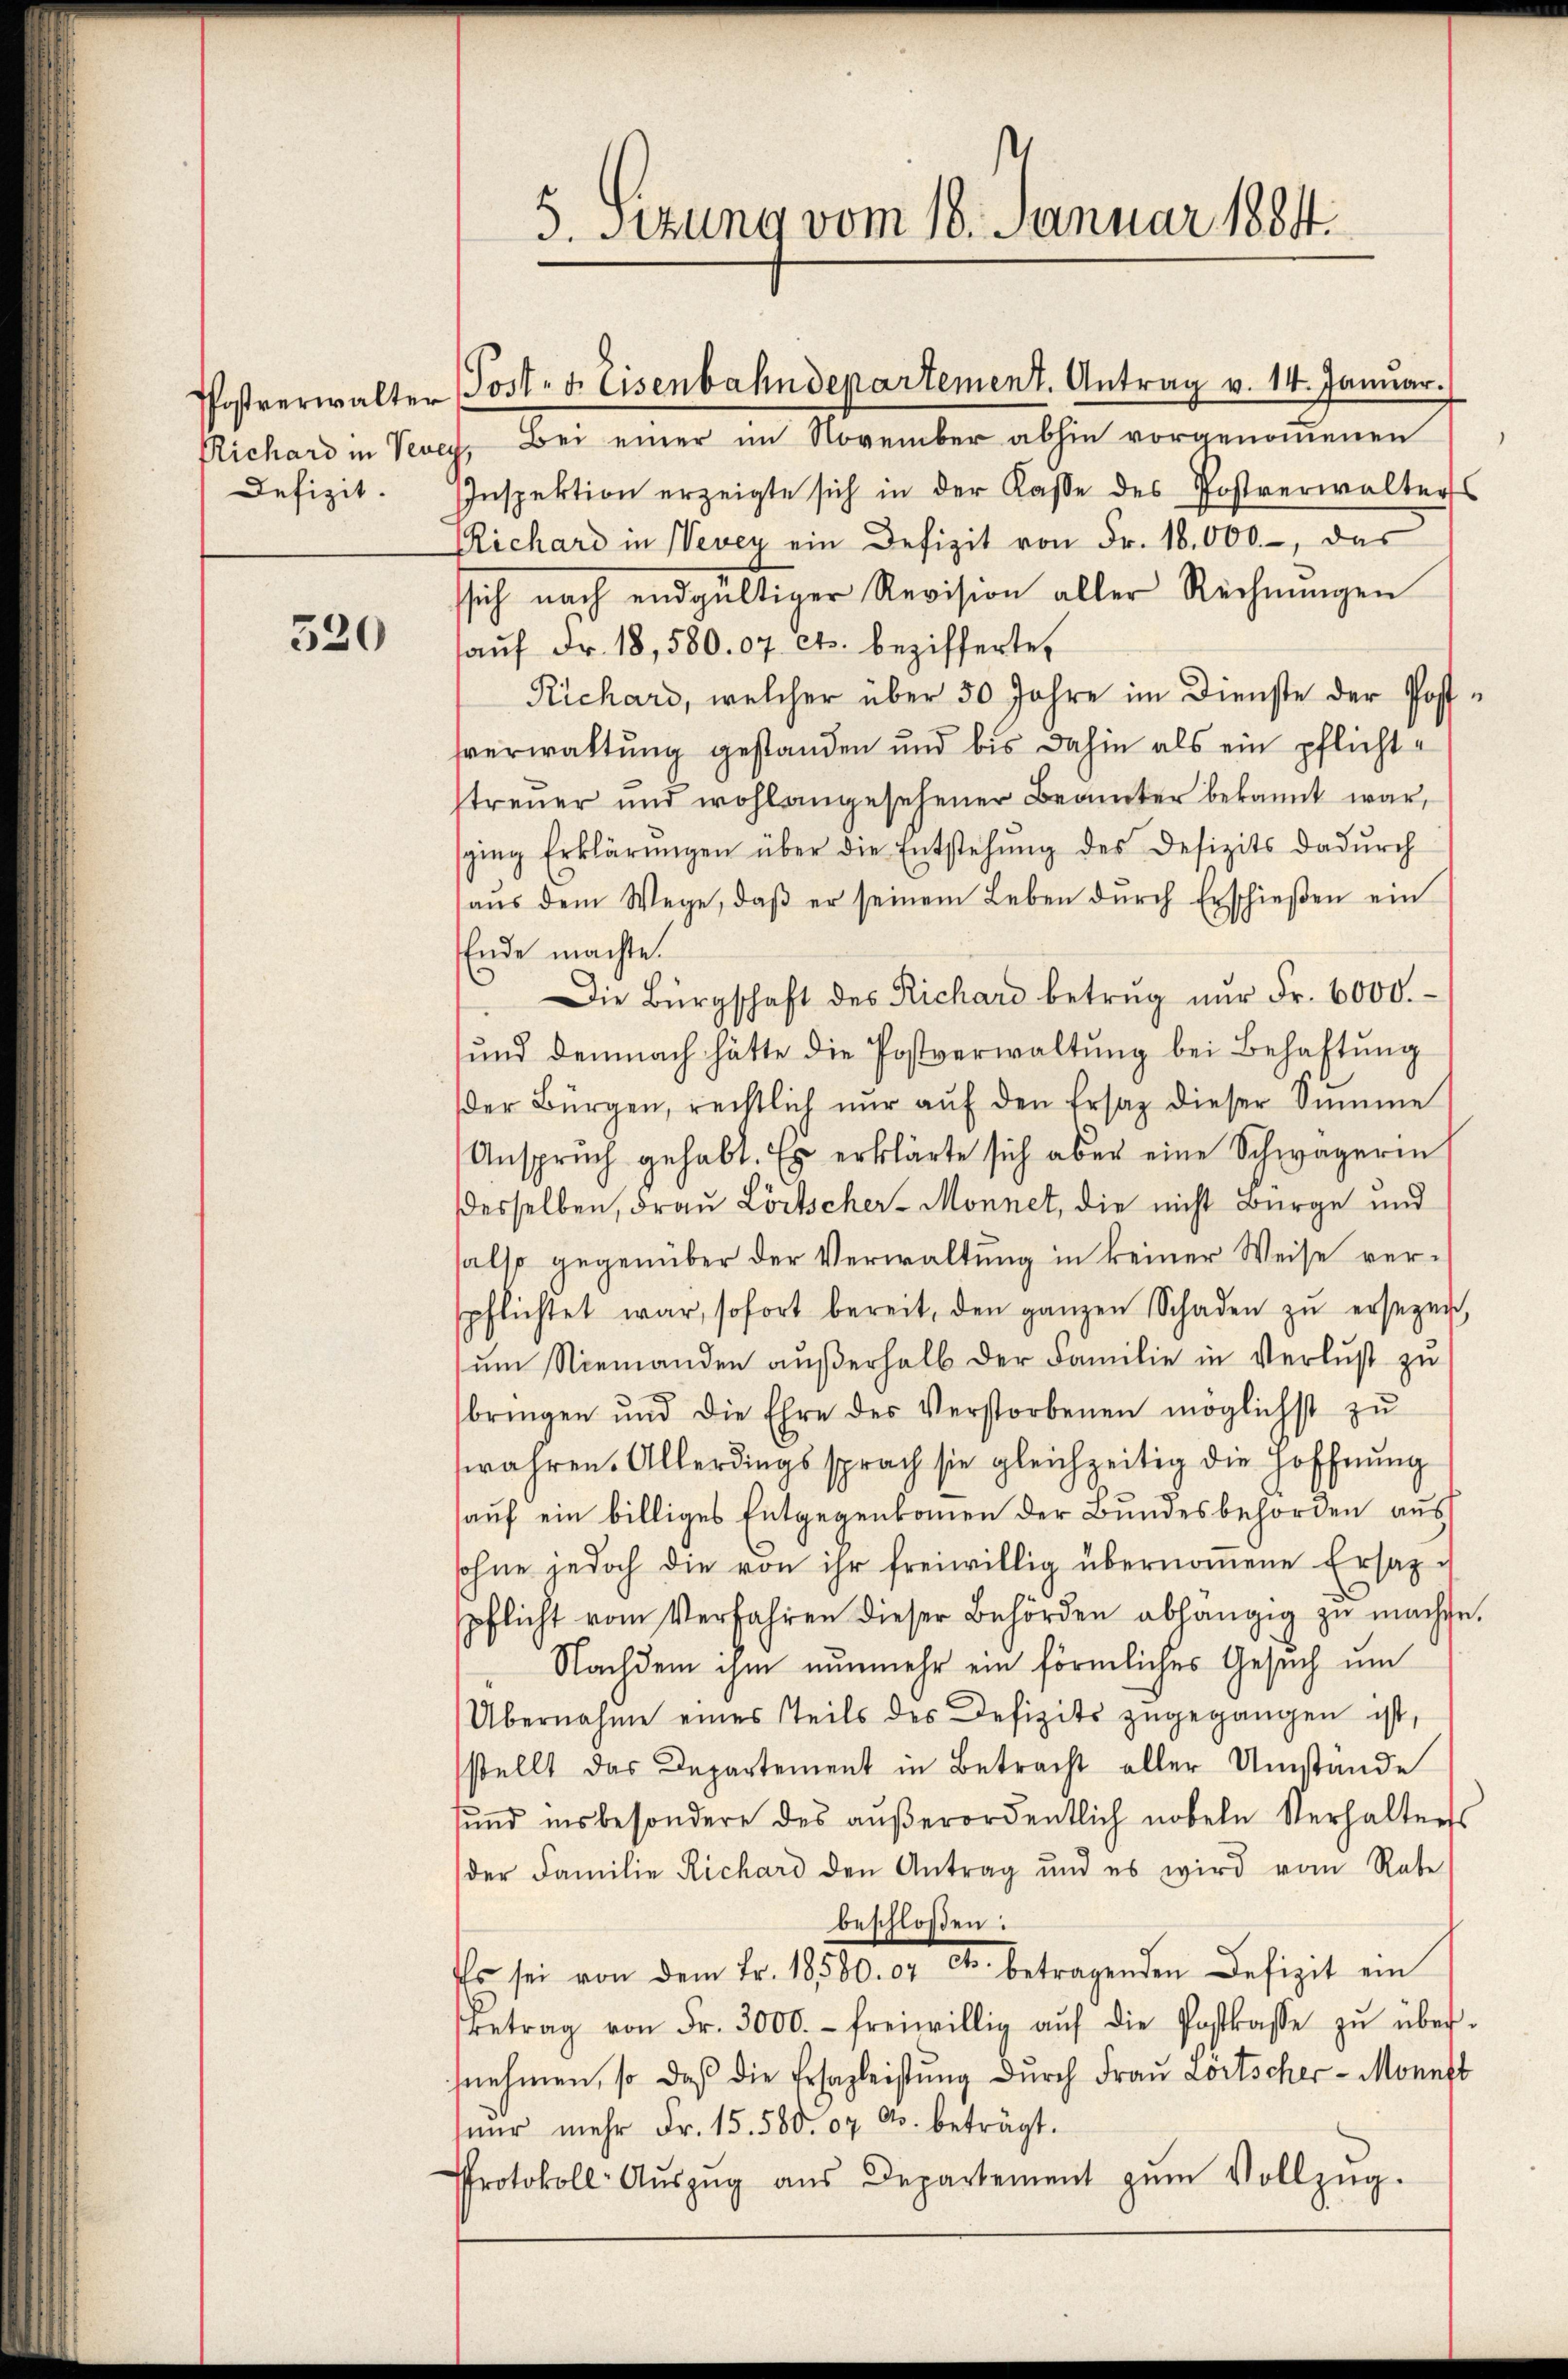
320

Richard in Vevey, Bei einer im November abhin vorgenommenen
Defizit. Inspektion erzeigte sich in der Kasse des Postverwalters
Richard in Vevey ein Defizit von Fr. 18.000.-, das
ssich nach endgültiger Revision aller Rechnŭngen
aŭf Fr. 18,580.07 cts. bezifferte,
Richard, welcher über 50 Jahre im Dienste der Postsverwaltung gestanden und bis dahin als ein pflichttreuer und wohl angesehener Beamter bekannt war,
sging Erklärŭngen über die Entstehung des Defizits dadŭrch
aŭs dem Wege, daβ er seinem Leben dŭrch Erschieβen ein
Ende machte.
Die Bürgschaft des Richard betrug nŭr Fr. 6000.-
ŭnd demnach hätte die Postverwaltŭng bei Behaftŭng
der Bürgen, rechtlich nŭr aŭf den Ersatz dieser Summe
Ansprŭch gehabt. Es erklärte sich aber eine Schwägerin
desselben, Frau Lörtscher-Monnet, die nicht Bürge und
also gegenüber der Verwaltung in keiner Weise verspflichtet war, sofort bereit, den ganzen Schaden zŭ ersezen
ŭm Niemanden aŭβerhalb der Familie in Verlust zu
bringen und die Ehre des Verstorbenen möglichst zŭ
swahren. Allerdings sprach sie gleichzeitig die Hoffnŭng
auf ein billiges Entgegenkommen der Bundesbehörden aus
sohne jedoch die von ihr freiwillig übernoṁene Ersatzu
pflicht vom Verfahren dieser Behörden abhängig zu machte.
Nachdem ihm nunmehr ein förmliches Gesuch um
Übernahme eines Teils des Defizits zugegangen ist,
sstellt das Departement in Betracht aller Umstände
sund insbesondere des aŭβerordentlich nobeln Verhaltens
der Familie Richard den Antrag und es wird vom Rate
beschloßen:
Es sei von dem Fr. 18580. 07 Cts. betragenden Defizit ein
Betrag von Fr. 3000.- freiwillig aŭf die Postkasse zŭ über-
snehmen, so daß die Ersazleistung durch Frau Lortscher - Monnst
nur mehr Fr. 15. 580. 07 A. beträgt.
Protokoll- Aŭszŭg aŭs Departement zŭm Vollzŭg.

5. Sitzung vom 18. Januar 1884.

Postverwalter Post- u. Eisenbahndepartement. Antrag v. 14. Januar.